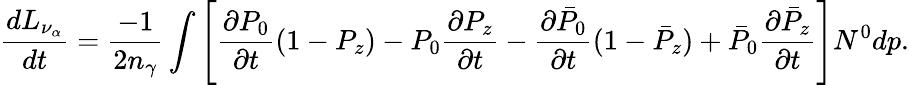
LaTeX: {\frac{dL_{\nu_{\alpha}}}{dt}}={\frac{-1}{2n_{\gamma}}}\int\left[{\frac{\partial P_{0}}{\partial t}}(1-P_{z})-P_{0}{\frac{\partial P_{z}}{\partial t}}-{\frac{\partial\bar{P}_{0}}{\partial t}}(1-\bar{P}_{z})+\bar{P}_{0}{\frac{\partial\bar{P}_{z}}{\partial t}}\right]N^{0}dp.